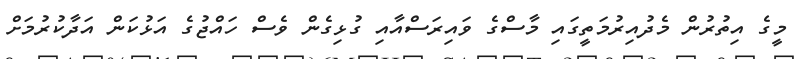
މީގެ އިތުރުން މެދުއިރުމަތީގައި މާސްގެ ވައިރަސްއާއި ގުޅިގެން ވެސް ހައްޖުގެ އަޅުކަން އަދާކުރުމަށް